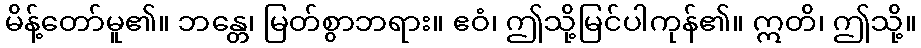
မိန့်တော်မူ၏။ ဘန္တေ၊ မြတ်စွာဘရား။ ဧဝံ၊ ဤသို့မြင်ပါကုန်၏။ ဣတိ၊ ဤသို့။